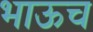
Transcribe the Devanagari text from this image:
भाऊच